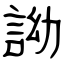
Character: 詏